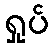
ရှုပ်